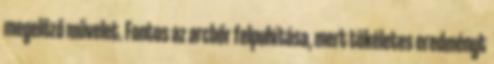
megelőző művelet. Fontos az arcbőr felpuhítása, mert tökéletes eredményt